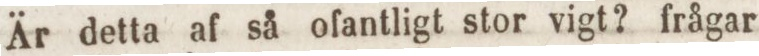
Är detta af så ofantligt stor vigt? frågar